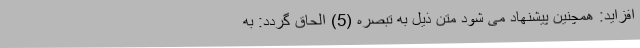
افزاید: همچنین پیشنهاد می شود متن ذیل به تبصره (5) الحاق گردد: به